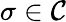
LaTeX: \sigma\in\mathcal{C}